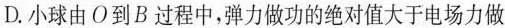
D.小球由O到B过程中，弹力做功的绝对值大于电场力做